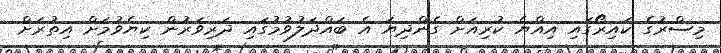
މިސްރުގެ ކައިރޯގައި އިއްޔެ ކުރިއަށް ގެންދިޔަ އެ ބައްދަލުވުމުގައި ދަރިވަރުން ކިޔެވުމަށް އިތުރަށް